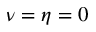
\nu = \eta = 0